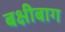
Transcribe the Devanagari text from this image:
बक्षीबाग